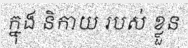
ក្នុង និកាយ របស់ ខ្លួន